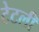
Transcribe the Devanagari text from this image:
टेटली